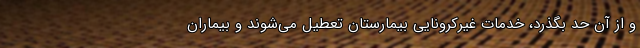
و از آن حد بگذرد، خدمات غیرکرونایی بیمارستان تعطیل می‌شوند و بیماران